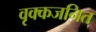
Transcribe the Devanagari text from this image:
वृक्कजनित